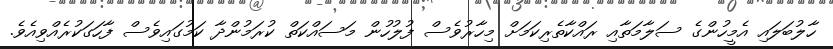
ހާލުބަލައި އެމީހުންގެ ސަލާމަތާއި ރައްކާތެރިކަމަށް މިހާރުވެސް ފުލުހުން މަސައްކަތް ކުރަމުންދާ ކަމުގައިވެސް ފާހަގަކުރެއްވިއެވެ.